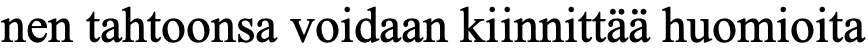
nen tahtoonsa voidaan kiinnittää huomioita